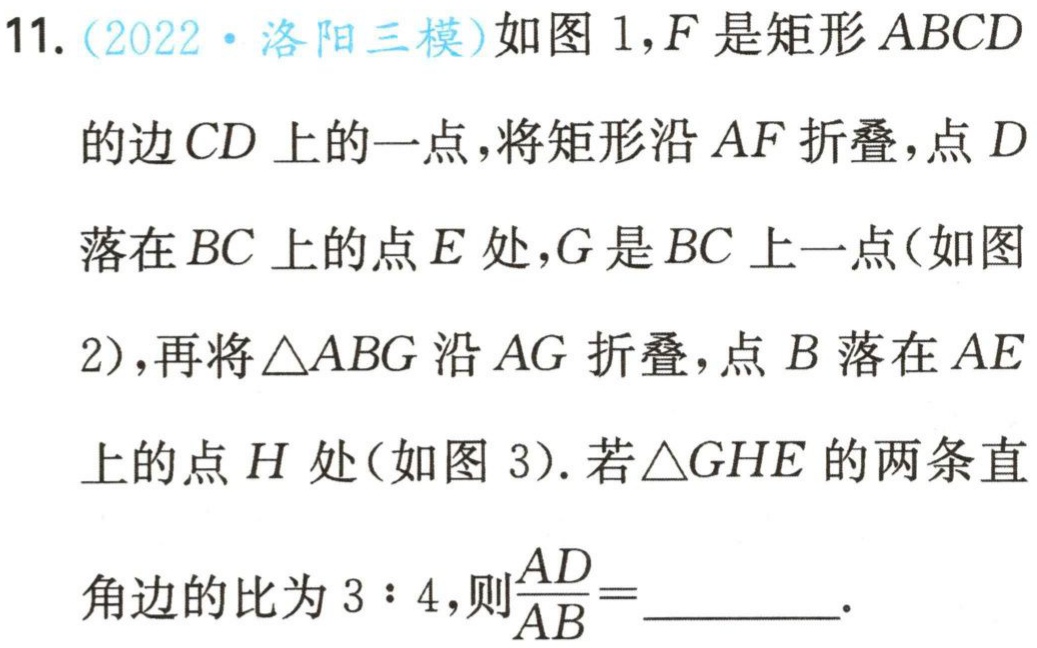
11. (2022·洛阳三模)如图1，\(F\)是矩形\(ABCD\)的边\(CD\)上的一点，将矩形沿\(AF\)折叠，点\(D\)落在\(BC\)上的点\(E\)处，\(G\)是\(BC\)上一点(如图2)，再将\(\triangle ABG\)沿\(AG\)折叠，点\(B\)落在\(AE\)上的点\(H\)处(如图3). 若\(\triangle GHE\)的两条直角边的比为\(3:4\)，则\(\frac{AD}{AB}=\) .